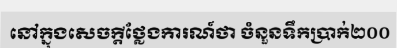
នៅក្នុងសេចក្តីថ្លែងការណ៍ថា ចំនួនទឹកប្រាក់២០០